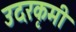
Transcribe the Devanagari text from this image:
उदरकृमी